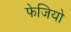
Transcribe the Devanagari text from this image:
फेजियो